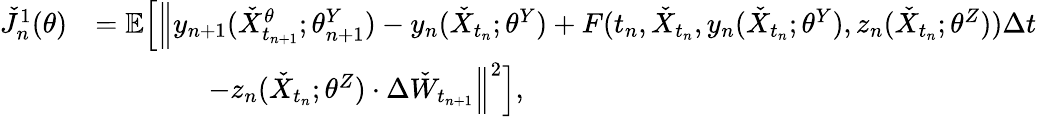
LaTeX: \begin{array}{rl}{\check{J}_{n}^{1}(\theta)}&{=\mathbb{E}\Big[\Big\| y_{n+1}(\check{X}_{t_{n+1}}^{\theta};{\theta_{n+1}^{Y}})-y_{n}(\check{X}_{t_{n}};{\theta^{Y}})+F(t_{n},\check{X}_{t_{n}},y_{n}(\check{X}_{t_{n}};{\theta^{Y}}),z_{n}(\check{X}_{t_{n}};{\theta^{Z}}))\Delta t}\\ &{\qquad\qquad-z_{n}(\check{X}_{t_{n}};{\theta^{Z}})\cdot\Delta\check{W}_{t_{n+1}}\Big\| ^{2}\Big],}\end{array}